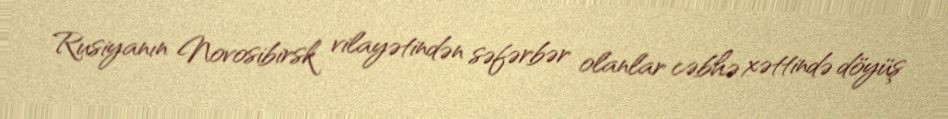
Rusiyanın Novosibirsk vilayətindən səfərbər olanlar cəbhə xəttində döyüş